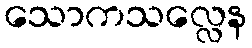
သောကသလ္လေန